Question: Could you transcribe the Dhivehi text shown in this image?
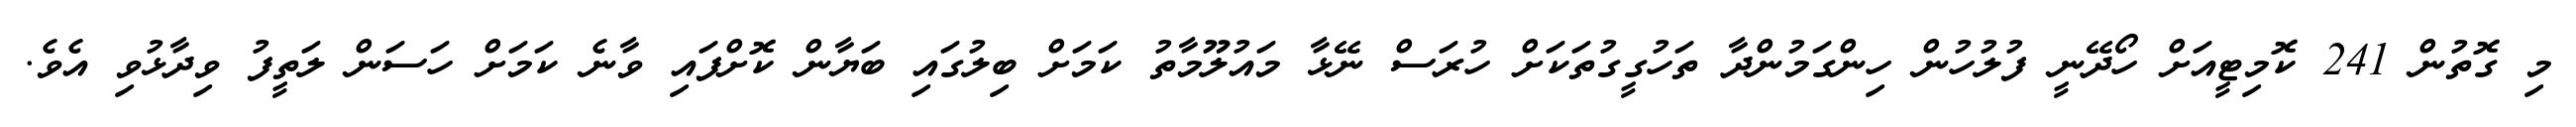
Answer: މި ގޮތުން 241 ކޮމިޓީއަށް ހޯދޭނީ ފުލުހުން ހިންގަމުންދާ ތަހުގީގުތަކަށް ހުރަސް ނޭޅާ މައުލޫމާތު ކަމަށް ބިލުގައި ބަޔާން ކޮށްފައި ވާނެ ކަމަށް ހަސަން ލަތީފު ވިދާޅުވި އެވެ.